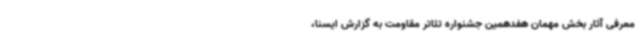
معرفی آثار بخش مهمان هفدهمین جشنواره تئاتر مقاومت به گزارش ایسنا،